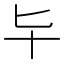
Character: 𠤏